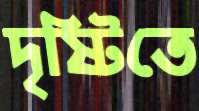
দৃষ্টিতে